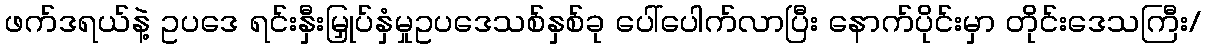
ဖက်ဒရယ်နဲ့ ဥပဒေ ရင်းနှီးမြှုပ်နှံမှုဥပဒေသစ်နှစ်ခု ပေါ်ပေါက်လာပြီး နောက်ပိုင်းမှာ တိုင်းဒေသကြီး/